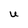
Character: U